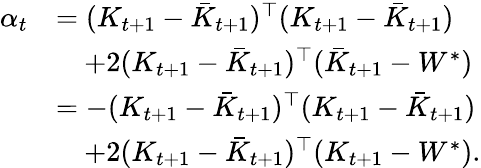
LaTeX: \begin{array}{rl}{\alpha_{t}}&{=(K_{t+1}-\bar{K}_{t+1})^{\top}(K_{t+1}-\bar{K}_{t+1})}\\ &{\quad+2(K_{t+1}-\bar{K}_{t+1})^{\top}(\bar{K}_{t+1}-W^{\ast})}\\ &{=-(K_{t+1}-\bar{K}_{t+1})^{\top}(K_{t+1}-\bar{K}_{t+1})}\\ &{\quad+2(K_{t+1}-\bar{K}_{t+1})^{\top}(K_{t+1}-W^{\ast}).}\end{array}